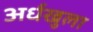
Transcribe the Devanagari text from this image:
अर्धखुला